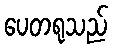
ပေတရုသည်